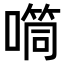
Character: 𪢉